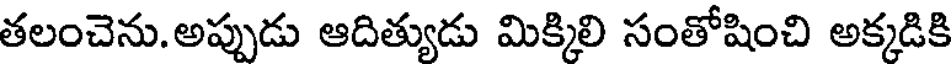
తలంచెను. అప్పుడు ఆదిత్యుడు మిక్కిలి సంతోషించి అక్కడికి